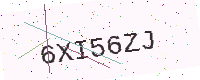
Text: 6XI56ZJ